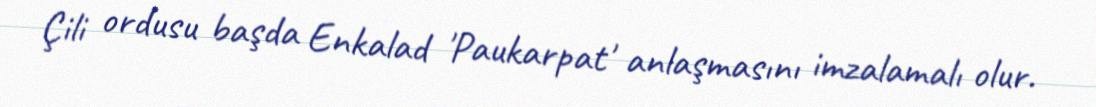
Çili ordusu başda Enkalad 'Paukarpat' anlaşmasını imzalamalı olur.